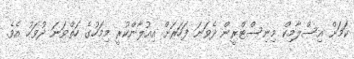
ކަމަަށް އިސްލާމިކް މިނިސްޓްރީން ދެވަނަ ފަހަރަށް އިއުލާންކުރީ މިމަހުގެ ހަތްވަނަ ދުވަހު އެވެ.